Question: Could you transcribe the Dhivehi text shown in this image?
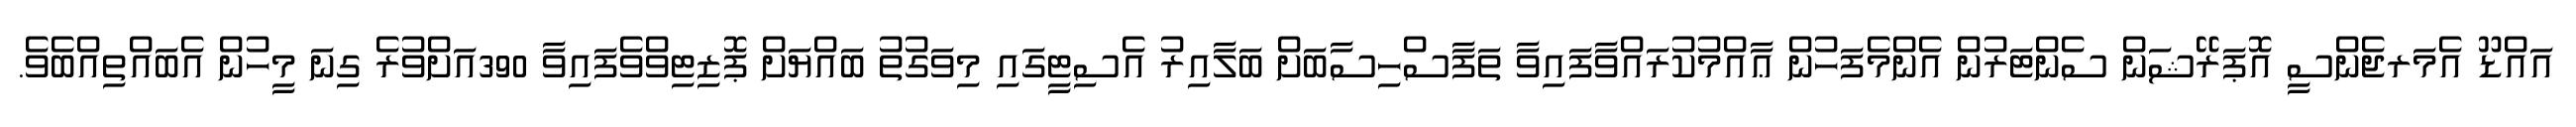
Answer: އައްޑޫ އެމަރޖެންސީ އޮޕަރޭޝަން ސެންޓަރުން އެންމެފަހުން ޢާއްމުކުރައްވާފައިވާ ތަފާސްހިސާބަށް ބަލާއިރު އެސިޓީގައި މިވަގުތު ބައްޔަށް ޕޮޒިޓިވްވެފައިވާ 390އަށްވުރެ ގިނަ މީހުން އެބައްތިއްބެވެ.